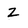
Character: Z